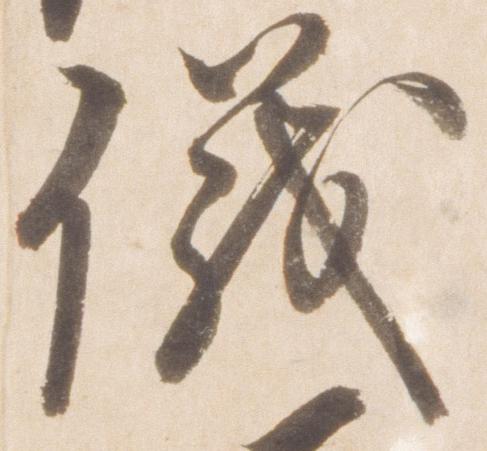
儀